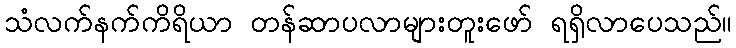
သံလက်နက်ကိရိယာ တန်ဆာပလာများတူးဖော် ရရှိလာပေသည်။